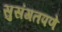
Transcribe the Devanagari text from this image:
सुसंगतपणे